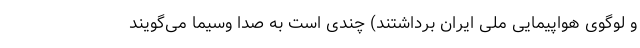
و لوگوی هواپیمایی ملی ایران برداشتند) چندی است به صدا وسیما می‌گویند